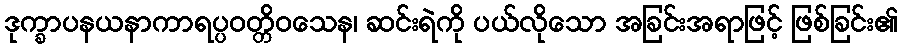
ဒုက္ခာပနယနာကာရပ္ပဝတ္တိဝသေန၊ ဆင်းရဲကို ပယ်လိုသော အခြင်းအရာဖြင့် ဖြစ်ခြင်း၏